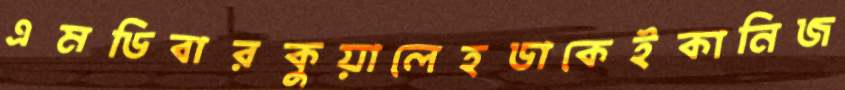
এমডিবারকুয়ালেহডাকেইকানিজ